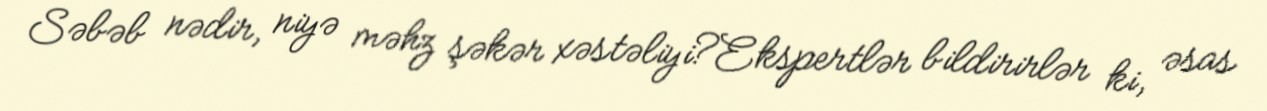
Səbəb nədir, niyə məhz şəkər xəstəliyi?Ekspertlər bildirirlər ki, əsas